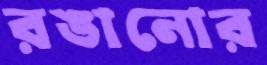
রঙানোর